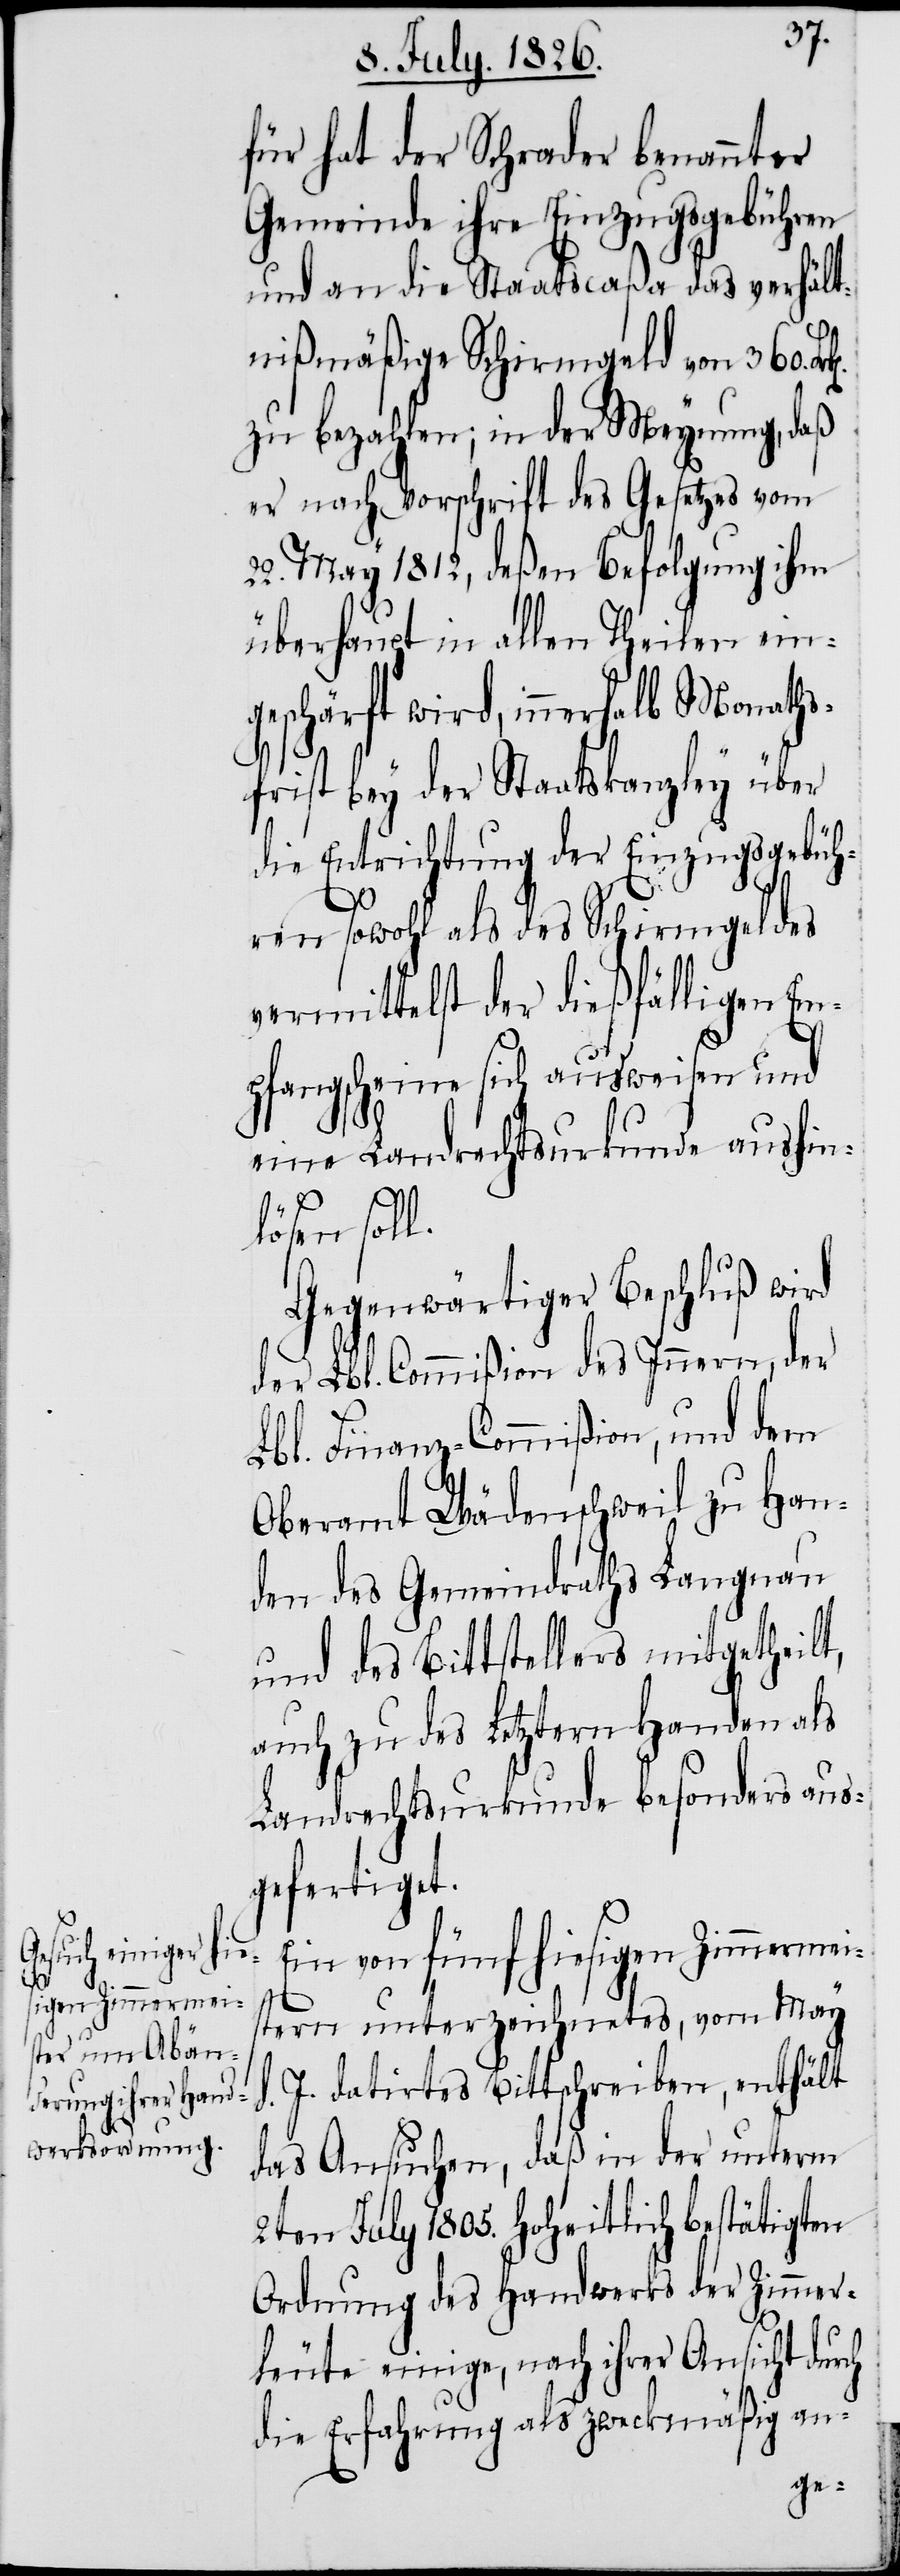
für hat der Schrader benannter
Gemeinde ihre Einzugsgebühren
und an die Staatscaßa das verhält¬
nißmäßige Schirmgeld von 360.
zu bezahlen; in der Meynung, daß
er nach Vorschrift des Gesetzes vom
22. May 1812. deßen Befolgung ihm
überhaupt in allen Theilen ein¬
geschärft wird, innerhalb Monaths¬
frist bey der Staatskanzley über
die Entrichtung der Einzugsgebüh¬
ren sowohl als des Schirmgeldes
vermittelst der dießfälligen Em¬
pfangscheine sich ausweisen und
eine Landrechtsurkunde aushin¬
t,
lösen soll.
Gegenwärtiger Beschluß wird
der Lbl. Commißion des Innern, der
Lbl. Finanz-Commißion, und dem
Oberamt Wädenschweil zu Han¬
den des Gemeindraths Langnau
und des Bittstellers mitgetheil¬
auch zu des Letztern Handen als
Landrechtsurkunde besonders aus¬
gefertiget.
Ein von fünf hiesigen Zimmermei¬
stern unterzeichnetes, vom May
J. datirtes Bittschreiben, enthält
das Ansuchen, daß in der unterm
2ten July 1805. hoheitlich bestätigten
Ordnung des Handwerks der Zimmer¬
leute einige, nach ihrer Ansicht durch
die Erfahrung als zweckmäßig an-